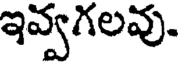
ఇవ్వగలవు.